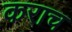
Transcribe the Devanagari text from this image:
कराच